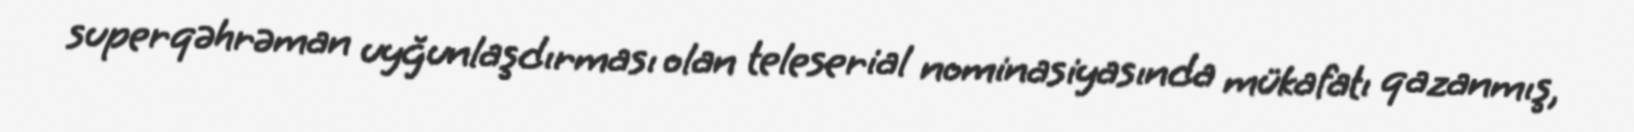
superqəhrəman uyğunlaşdırması olan teleserial nominasiyasında mükafatı qazanmış,